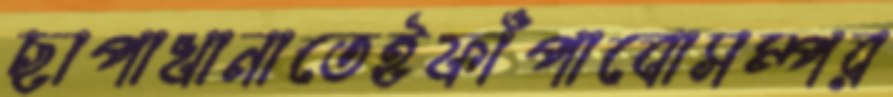
ছাপাখানাতেইফাঁপাবোসম্পর